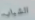
الشباب